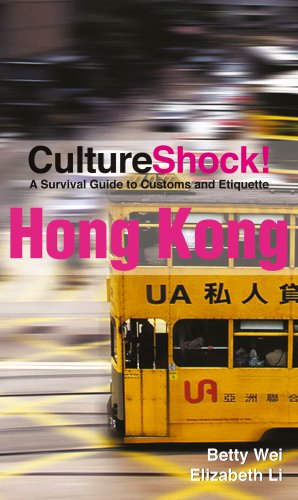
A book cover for CultureShock! Hong Kong: A Survival Guide to Customs and Etiquette (Cultureshock Hong Kong: A Survival Guide to Customs & Etiquette); Betty Wei; Travel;